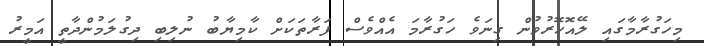
މިހަގުރާމާގައި ލޭއޮހޮރުވުން ގިނަވެ ހަގުރާމަ އެއްވެސް ފަރާތަކަށް ކާމިޔާބު ނުލިބި ދިގުލަމުންދާތީ އަމީރު